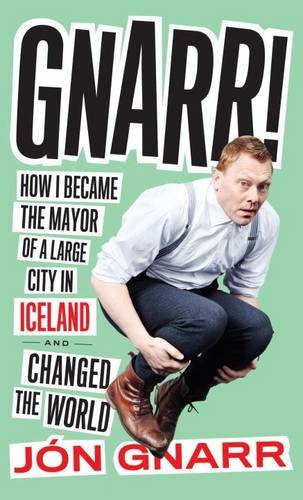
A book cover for Gnarr: How I Became the Mayor of a Large City in Iceland and Changed the World; Jon Gnarr; Travel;